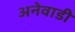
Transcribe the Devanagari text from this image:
अनेवाडी